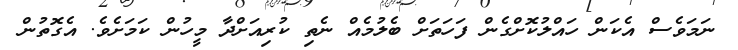
ނަމަވެސް އެކަން ހައްލުކޮށްގެން ފަހަތަށް ބެލުމެއް ނެތި ކުރިއަށްދާ މީހުން ކަމަށެވެ. އެގޮތުން